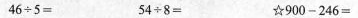
$$46{\div} 5 = $$ 54{\div} 8 = $$☆900-246 =